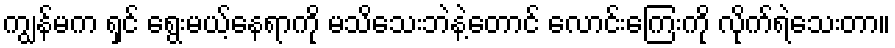
ကျွန်မက ရှင် ရွေးမယ့်နေရာကို မသိသေးဘဲနဲ့တောင် လောင်းကြေးကို လိုက်ရဲသေးတာ။